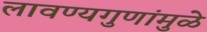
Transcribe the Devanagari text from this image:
लावण्यगुणांमुळे